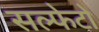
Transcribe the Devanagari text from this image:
सल्फेटो